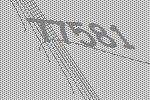
77581